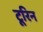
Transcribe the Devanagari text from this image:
टूरिन